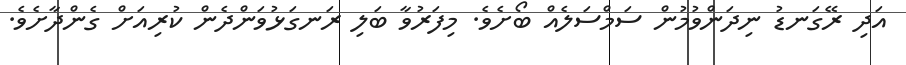
އަދި ރޭގަނޑު ނިދަންވުމުން ސަމްސަލެއް ބޯށެވެ. މިފަރުވާ ބަލި ރަނގަޅުވަންދެން ކުރިއަށް ގެންދާށެވެ.